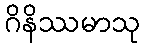
ဂိနိဿမာသု